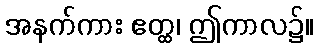
အနက်ကား ဧတ္ထ၊ ဤကာလ၌။